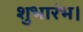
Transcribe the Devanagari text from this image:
शुभारंभ।